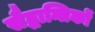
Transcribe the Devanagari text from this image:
सैद्धान्तिकों